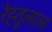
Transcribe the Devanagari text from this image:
रेह्तूलाल